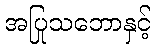
အပြုသဘောနှင့်